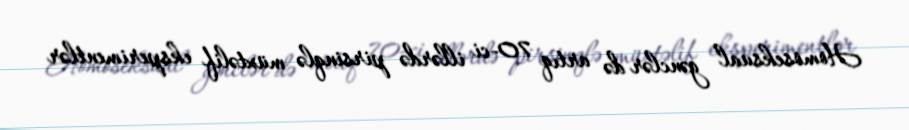
Homoseksual gənclər də artıq 70-ci illərdə pirsinqlə müxtəlif eksperimentlər